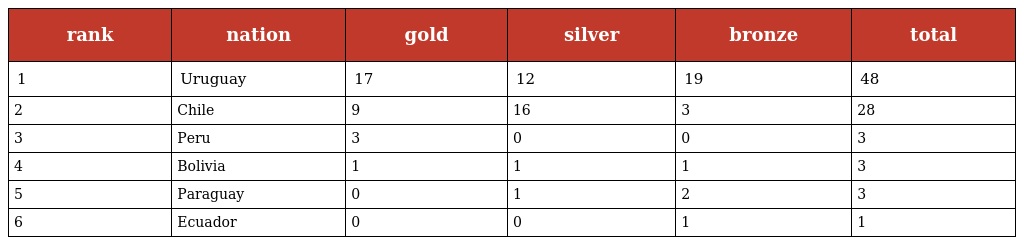
| rank | nation | gold | silver | bronze | total |
 | --- | --- | --- | --- | --- | --- |
 | 1 | Uruguay | 17 | 12 | 19 | 48 |
 | 2 | Chile | 9 | 16 | 3 | 28 |
 | 3 | Peru | 3 | 0 | 0 | 3 |
 | 4 | Bolivia | 1 | 1 | 1 | 3 |
 | 5 | Paraguay | 0 | 1 | 2 | 3 |
 | 6 | Ecuador | 0 | 0 | 1 | 1 |